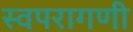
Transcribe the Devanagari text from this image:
स्वपरागणी